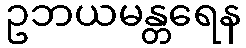
ဥဘယမန္တရေန